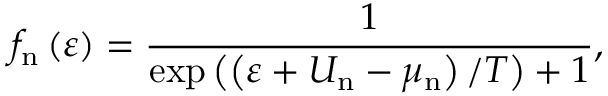
f _ { \mathrm { n } } \left( \varepsilon \right) = \frac { 1 } { \exp \left( \left( \varepsilon + U _ { \mathrm { n } } - \mu _ { \mathrm { n } } \right) / T \right) + 1 } ,